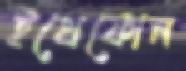
ইথেফোন